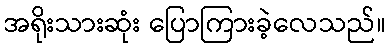
အရိုးသားဆုံး ပြောကြားခဲ့လေသည်။